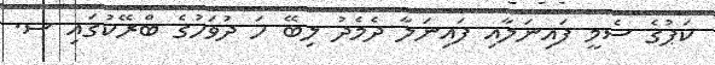
ކަޕުގެ ސެމީ ފައިނަލާއި ފައިނަލާ ދެމެދު ލިބޭ ހަ ދުވަހުގެ ބްރޭކުގައި ސ.